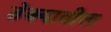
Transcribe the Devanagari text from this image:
ठेक्‍यातील